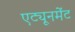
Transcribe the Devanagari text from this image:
एट्यूनमेंट